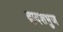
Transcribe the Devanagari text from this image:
द्वादशभुज